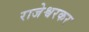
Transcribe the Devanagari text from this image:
राजेश्वरकर